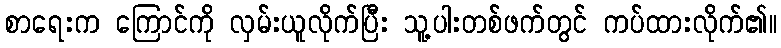
စာရေးက ကြောင်ကို လှမ်းယူလိုက်ပြီး သူ့ပါးတစ်ဖက်တွင် ကပ်ထားလိုက်၏။